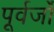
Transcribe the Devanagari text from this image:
पूर्वर्जों